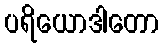
ပရိယောဒါတော